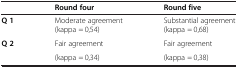
<table><thead><tr><td><b> </b></td><td><b>Round four</b></td><td><b>Round five</b></td></tr></thead><tbody><tr><td><b>Q 1</b></td><td>Moderate agreement (kappa = 0,54)</td><td>Substantial agreement (kappa = 0,68)</td></tr><tr><td rowspan="2"><b>Q 2</b></td><td>Fair agreement</td><td>Fair agreement</td></tr><tr><td>(kappa = 0,34)</td><td>(kappa = 0,38)</td></tr></tbody></table>